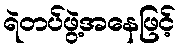
ရဲတပ်ဖွဲ့အနေဖြင့်